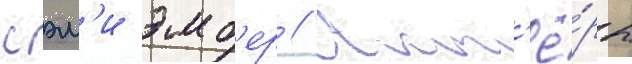
сэм'и эмб'ер // Акт'ё́ры